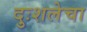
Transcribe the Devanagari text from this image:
दुःशलेचा